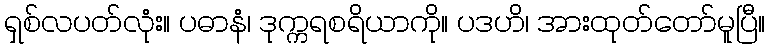
ရှစ်လပတ်လုံး။ ပဓာနံ၊ ဒုက္ကရစရိယာကို။ ပဒဟိ၊ အားထုတ်တော်မူပြီ။